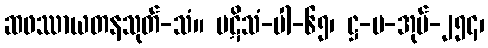
ဆဖဿာယတနသုတ်-သံ။ ပဋိသံ-ပါ-၆၅၊ ဋ္ဌ-ပ-အုပ်-၂၅၄၊